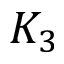
K _ { 3 }